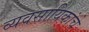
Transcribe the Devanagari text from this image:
व्यवसायिकांचे